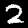
Digit: 2